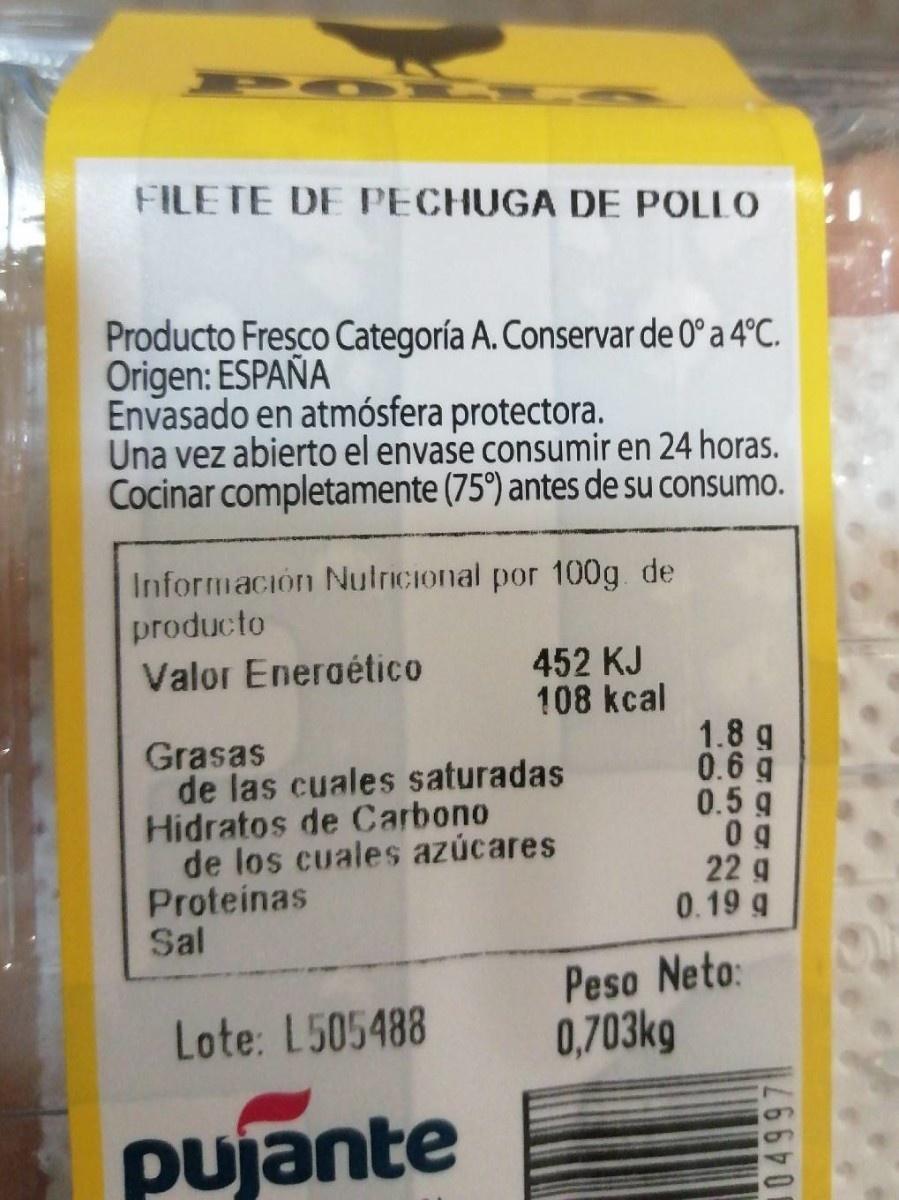
FILETE DE PECHUGA DE POLLO Producto Fresco Categoría A. Conservar de 0° a 4°C. Origen: ESPAÑA Envasado en atmósfera protectora. Una vez abierto el envase consumir en 24 horas. Cocinar completamente (75°) antes de su consumo. Información Nulricional por 100g de producto 452 KJ 108 kcal Valor Eneraético 1.8 g 0.6 g 0.5 g Grasas de las cuales saturadas Hidratos de Carbono de los cuales azúcares Proteinas Sal 22 g 0.19 g Peso Neto: 0,703kg Lote: L505488 pujante